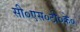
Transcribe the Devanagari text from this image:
सी०एस०टी०के०